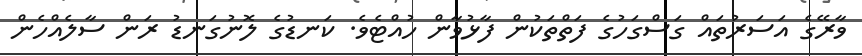
ވާރޭގެ އަސަރުތައް ގަސްގަހުގެ ފަތްތަކުން ފާޅުވާން ހުއްޓެވެ. ކަނޑުގެ ލޮނުގަނޑު ރަން ސާލެއްހެން